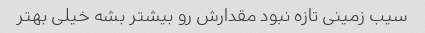
سیب زمینی تازه نبود مقدارش رو بیشتر بشه خیلی بهتر